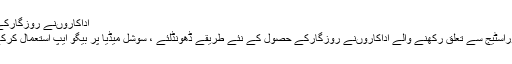
اداکاروںنے روزگارکے حصول کے نئے طریقے ڈھونڈلئے
لاہورجدت ویب ڈیسک : فلم،ٹی وی اوراسٹیج سے تعلق رکھنے والے اداکاروںنے روزگارکے حصول کے نئے طریقے ڈھونڈلئے ، سوشل میڈیا پر بیگو ایپ استعمال کرکے لاکھوں روپے ماہانہ کمانے لگے۔